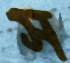
স